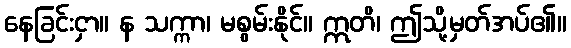
နေခြင်းငှာ။ န သက္ကာ၊ မစွမ်းနိုင်။ ဣတိ၊ ဤသို့မှတ်အပ်၏။